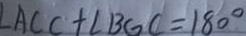
\angle A C C + \angle B G C = 1 8 0 ^ { \circ }